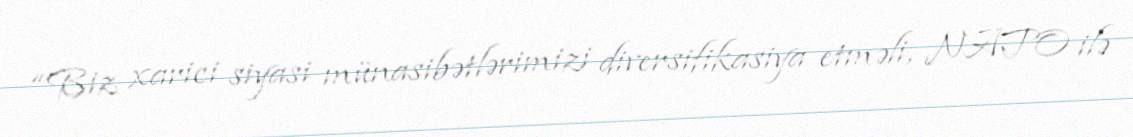
“Biz xarici siyasi münasibətlərimizi diversifikasiya etməli, NATO ilə